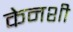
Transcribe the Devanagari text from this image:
केनशी